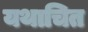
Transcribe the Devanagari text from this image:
यथाचित